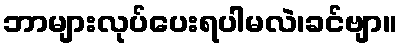
ဘာများလုပ်ပေးရပါမလဲ၊ခင်ဗျာ။